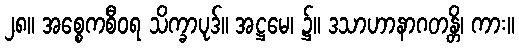
၂၈။ အစ္စေကစီဝရ သိက္ခာပုဒ်။ အဋ္ဌမေ၊ ၌။ ဒသာဟာနာဂတန္တိ၊ ကား။